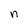
Character: n